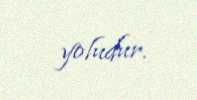
yoludur.